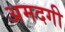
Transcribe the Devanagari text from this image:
अमदगी